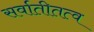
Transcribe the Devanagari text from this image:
सर्वातीतत्व